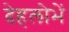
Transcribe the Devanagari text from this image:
देहलोभें